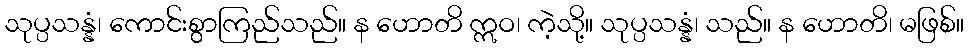
သုပ္ပသန္နံ၊ ကောင်းစွာကြည်သည်။ န ဟောတိ ဣဝ၊ ကဲ့သို့။ သုပ္ပသန္နံ၊ သည်။ န ဟောတိ၊ မဖြစ်။